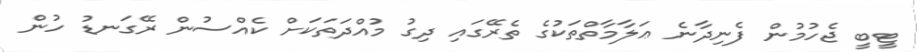
ޓީބީ ޖެހުމުން ފެނިދާނެ ޢަލާމާތްތަކުގެ ތެރޭގައި ދިގު މުއްދަތަކަށް ކެއްސުން ރޭގަނޑު ހުން